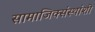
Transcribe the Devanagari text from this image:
सामाजिक्संस्थांशी